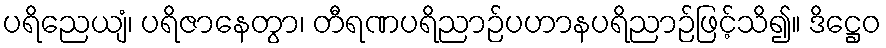
ပရိညေယျံ၊ ပရိဇာနေတွာ၊ တီရဏပရိညာဉ်ပဟာနပရိညာဉ်ဖြင့်သိ၍။ ဒိဋ္ဌေဝ